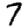
Digit: 7